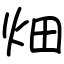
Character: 畑